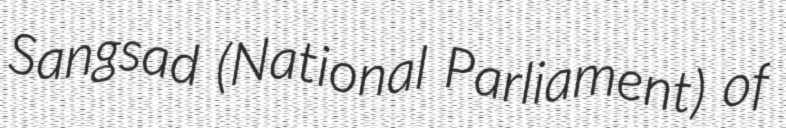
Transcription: Sangsad (National Parliament) of